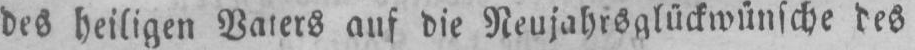
des heiligen Vaters auf die Neujahrsglückwünsche des